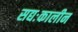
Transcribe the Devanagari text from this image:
सद्यःकालीन